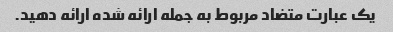
یک عبارت متضاد مربوط به جمله ارائه شده ارائه دهید.